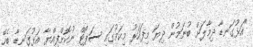
"އަޅުގަނޑާ ދިމާލަށް ބުނަމުން ދިޔަ މިފަހަރު މިކަމުގައި ސަޕޯޓް ނުކޮށްފިއްޔާ އަޅުގަނޑާ ބެހޭ